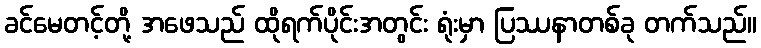
ခင်မေတင့်တို့ အဖေသည် ထိုရက်ပိုင်းအတွင်း ရုံးမှာ ပြဿနာတစ်ခု တက်သည်။